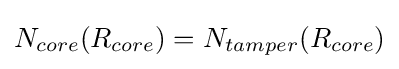
N_{core}(R_{core})=N_{tamper}(R_{core})